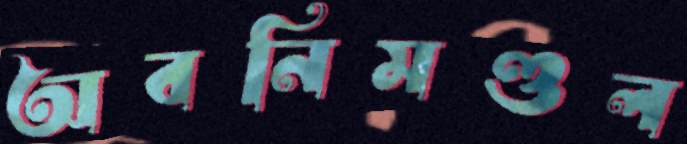
অবনিমণ্ডল